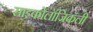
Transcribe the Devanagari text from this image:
साइकोलॉजिकली